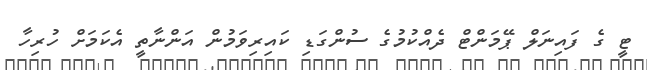
ޓީ ގެ ފައިނަލް ޕޭމަންޓް ދެއްކުމުގެ ސުންގަޑި ކައިރިވަމުން އަންނާތީ އެކަމަށް ހުރިހާ